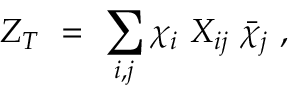
Z _ { T } \ = \ \sum _ { i , j } \chi _ { i } \ X _ { i j } \ \bar { \chi } _ { j } \ ,